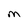
Character: M